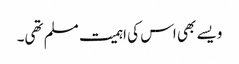
ویسے بھی اس کی اہمیت مسلم تھی۔